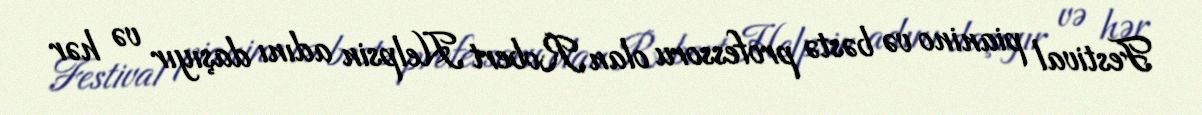
Festival pianino və bəstə professoru olan Robert Helpsin adını daşıyır və hər